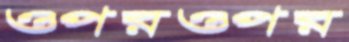
ওপরওপর